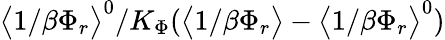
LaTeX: \big<1/\beta\Phi_{r}\big>^{0}/K_{\Phi}(\big<1/\beta\Phi_{r}\big>-\big<1/\beta\Phi_{r}\big>^{0})